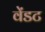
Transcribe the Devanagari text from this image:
वेंडट